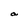
Character: a